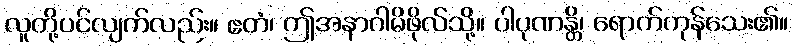
လူတို့ပင်လျက်လည်း။ ဧတံ၊ ဤအနာဂါမိဖိုလ်သို့။ ပါပုဏန္တိ၊ ရောက်ကုန်သေး၏။